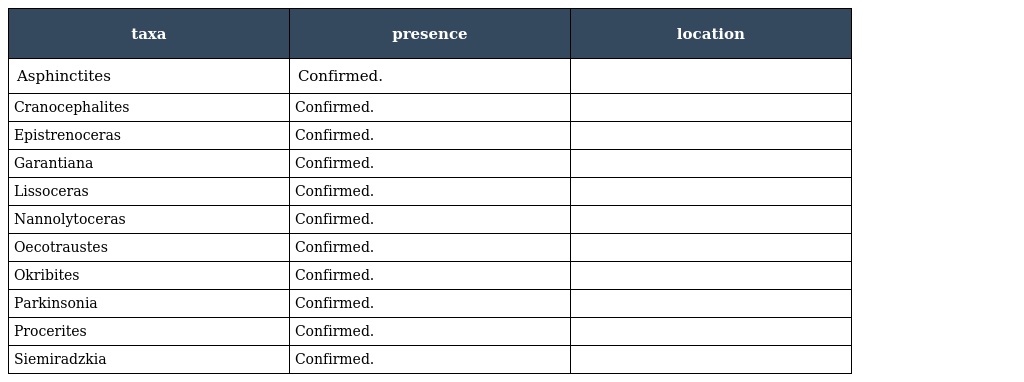
| taxa | presence | location |
 | --- | --- | --- |
 | Asphinctites | Confirmed. |  |
 | Cranocephalites | Confirmed. |  |
 | Epistrenoceras | Confirmed. |  |
 | Garantiana | Confirmed. |  |
 | Lissoceras | Confirmed. |  |
 | Nannolytoceras | Confirmed. |  |
 | Oecotraustes | Confirmed. |  |
 | Okribites | Confirmed. |  |
 | Parkinsonia | Confirmed. |  |
 | Procerites | Confirmed. |  |
 | Siemiradzkia | Confirmed. |  |